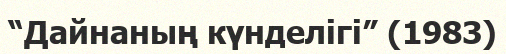
“Дайнаның күнделігі” (1983)